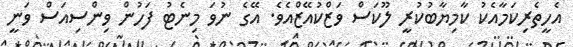
އެހީތެރިކަމާއެކު ކާމިޔާބުކުރީ ލޫކަސް ވަޒްކުއޭޒްއެވެ. އޭގެ ނުވަ މިނެޓު ފަހުން ވިންސިއަސް ވަނީ